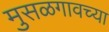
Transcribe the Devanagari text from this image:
मुसळगावच्या